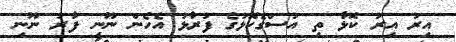
އިރު އިރު ކޮޅާ ތި އުސްގެކޮޅުގެ ފުރާޅު އެހެން ނޫނީ ފާރު ނޫނި